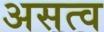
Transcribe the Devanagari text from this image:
असत्व